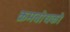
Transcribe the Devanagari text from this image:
क्रमबोधको